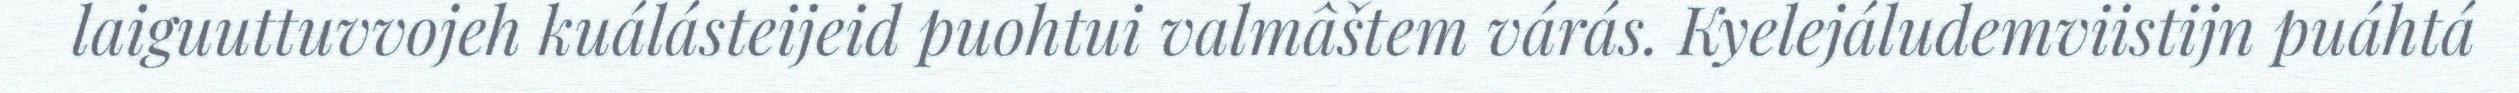
laiguuttuvvojeh kuálásteijeid puohtui valmâštem várás. Kyelejáludemviistijn puáhtá